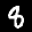
Label: 8